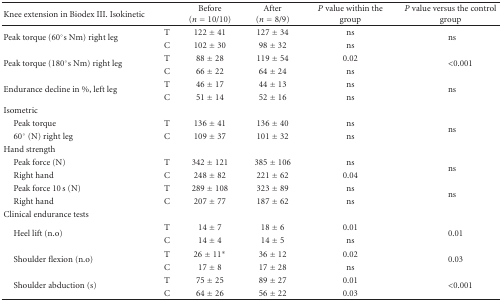
<table><thead><tr><td><b>Knee extension in Biodex III. Isokinetic</b></td><td></td><td><b>Before (<i>n</i> = 10/10)</b></td><td><b>After (<i>n</i> = 8/9)</b></td><td><b><i>P</i> value within the group</b></td><td><b><i>P</i> value versus the control group</b></td></tr></thead><tbody><tr><td rowspan="2">Peak torque (60°s Nm) right leg</td><td>T</td><td>122 ± 41</td><td>127 ± 34</td><td>ns</td><td rowspan="2">ns</td></tr><tr><td>C</td><td>102 ± 30</td><td>98 ± 32</td><td>ns</td></tr><tr><td rowspan="2">Peak torque (180°s Nm) right leg</td><td>T</td><td>88 ± 28</td><td>119 ± 54</td><td>0.02</td><td rowspan="2">&lt;0.001</td></tr><tr><td>C</td><td>66 ± 22</td><td>64 ± 24</td><td>ns</td></tr><tr><td rowspan="2">Endurance decline in %, left leg</td><td>T</td><td>46 ± 17</td><td>44 ± 13</td><td>ns</td><td rowspan="2">ns</td></tr><tr><td>C</td><td>51 ± 14</td><td>52 ± 16</td><td>ns</td></tr><tr><td>Isometric</td><td></td><td></td><td></td><td></td><td></td></tr><tr><td> Peak torque</td><td>T</td><td>136 ± 41</td><td>136 ± 40</td><td>ns</td><td rowspan="2">ns</td></tr><tr><td> 60° (N) right leg</td><td>C</td><td>109 ± 37</td><td>101 ± 32</td><td>ns</td></tr><tr><td>Hand strength</td><td></td><td></td><td></td><td></td><td></td></tr><tr><td> Peak force (N)</td><td>T</td><td>342 ± 121</td><td>385 ± 106</td><td>ns</td><td rowspan="2">ns</td></tr><tr><td> Right hand</td><td>C</td><td>248 ± 82</td><td>221 ± 62</td><td>0.04</td></tr><tr><td> Peak force 10 s (N)</td><td>T</td><td>289 ± 108</td><td>323 ± 89</td><td>ns</td><td rowspan="2">ns</td></tr><tr><td> Right hand</td><td>C</td><td>207 ± 77</td><td>187 ± 62</td><td>ns</td></tr><tr><td>Clinical endurance tests</td><td></td><td></td><td></td><td></td><td></td></tr><tr><td rowspan="2"> Heel lift (n.o)</td><td>T</td><td>14 ± 7</td><td>18 ± 6</td><td>0.01</td><td rowspan="2">0.01</td></tr><tr><td>C</td><td>14 ± 4</td><td>14 ± 5</td><td>ns</td></tr><tr><td rowspan="2"> Shoulder flexion (n.o)</td><td>T</td><td>26 ± 11*</td><td>36 ± 12</td><td>0.02</td><td rowspan="2">0.03</td></tr><tr><td>C</td><td>17 ± 8</td><td>17 ± 28</td><td>ns</td></tr><tr><td rowspan="2"> Shoulder abduction (s)</td><td>T</td><td>75 ± 25</td><td>89 ± 27</td><td>0.01</td><td rowspan="2">&lt;0.001</td></tr><tr><td>C</td><td>64 ± 26</td><td>56 ± 22</td><td>0.03</td></tr></tbody></table>